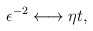
\begin{align*}\epsilon^{-2} \longleftrightarrow \eta t,\end{align*}